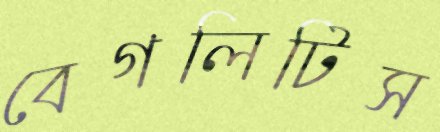
বেগলিটিস